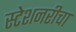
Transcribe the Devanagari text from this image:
स्टेशनरीचा